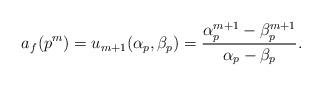
LaTeX: \begin{align*} a_f(p^m)=u_{m+1}(\alpha_p,\beta_p)=\frac{\alpha_p^{m+1}-\beta_p^{m+1}}{\alpha_p-\beta_p}.\end{align*}